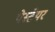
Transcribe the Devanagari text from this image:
पेस्टेयर